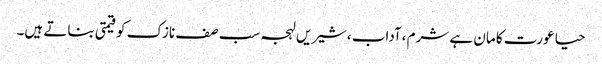
حیا عورت کا مان ہے شرم ،آداب ،شیریں لہجہ سب صف نازک کو قیمتی بناتے ہیں۔